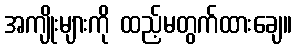
အကျိုးများကို ထည့်မတွက်ထားချေ။